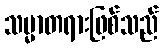
သမ္မာတရားဖြစ်သည်